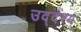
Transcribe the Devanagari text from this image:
उद्‌देश्‍य